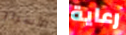
الأسرار رعاية